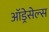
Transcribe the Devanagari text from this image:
ऑड्रेसेल्स